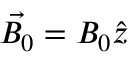
\vec { B _ { 0 } } = B _ { 0 } \hat { z }